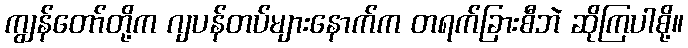
ကျွန်တော်တို့က ဂျပန်တပ်များနောက်က တရက်ခြားစီဘဲ ဆိုကြပါစို့။